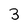
Character: 3